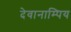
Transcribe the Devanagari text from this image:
देवानाम्पिय